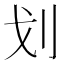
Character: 划